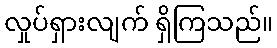
လှုပ်ရှားလျက် ရှိကြသည်။